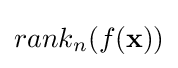
rank_{n}(f(\mathbf {x} ))